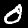
Digit: 0